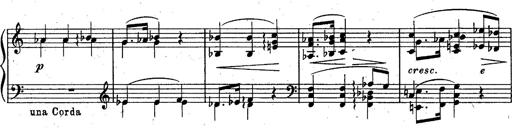
Title: God Save the Queen
Composer: Charles LÃ©on Hess
Key: A major